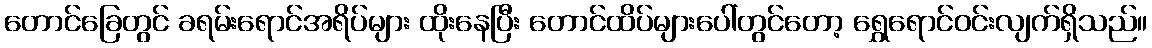
တောင်ခြေတွင် ခရမ်းရောင်အရိပ်များ ထိုးနေပြီး တောင်ထိပ်များပေါ်တွင်တော့ ရွှေရောင်ဝင်းလျက်ရှိသည်။